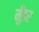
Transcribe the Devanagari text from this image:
मुँडर